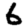
Digit: 6